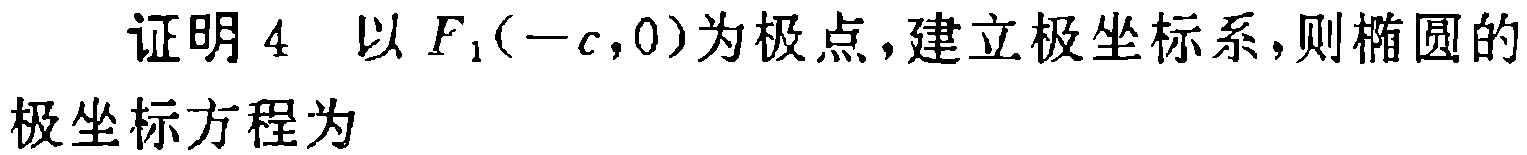
证明 4 以 \(F_1(-c,0)\)为极点，建立极坐标系，则椭圆的
极坐标方程为